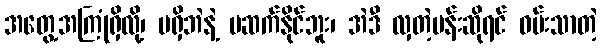
အတွေ့အကြုံရှိလို့၊ မရှိဘဲနဲ့ မဆက်နိုင်ဘူး၊ အဲဒီ လှတဲ့ပန်းဆိုရင် ဝမ်းသာတဲ့